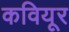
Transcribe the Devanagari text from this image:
कवियूर